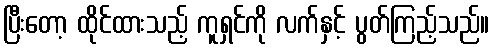
ပြီးတော့ ထိုင်ထားသည့် ကူရှင်ကို လက်နှင့် ပွတ်ကြည့်သည်။